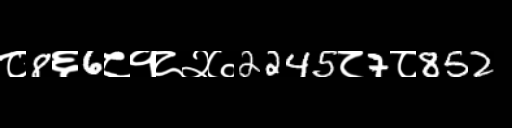
Text: ८8६6८१८२७2245८7८852